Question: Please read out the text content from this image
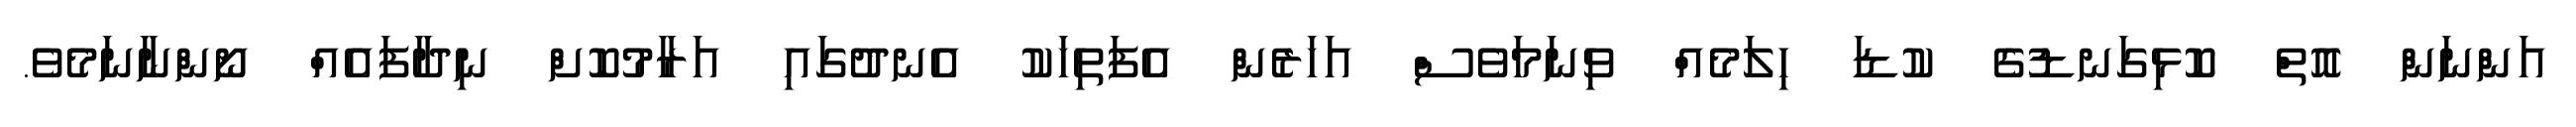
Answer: އަންނަން އޮތް ކޮޅިގަނޑުގެ ކުޑަ ހިލަމެއް ވިނަމަވެސް އަހަރެން އެފަތިހަކު އެނދުގައި އަރާމުކޮށް ނިދާފައެއް ނޯންނާނަމެވެ.